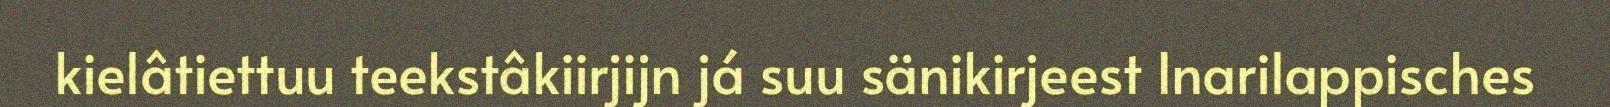
kielâtiettuu teekstâkiirjijn já suu sänikirjeest Inarilappisches